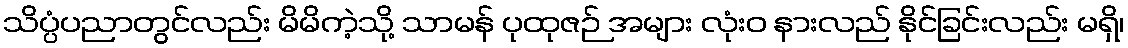
သိပ္ပံပညာတွင်လည်း မိမိကဲ့သို့ သာမန် ပုထုဇဉ် အများ လုံးဝ နားလည် နိုင်ခြင်းလည်း မရှိ၊